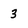
Character: 3